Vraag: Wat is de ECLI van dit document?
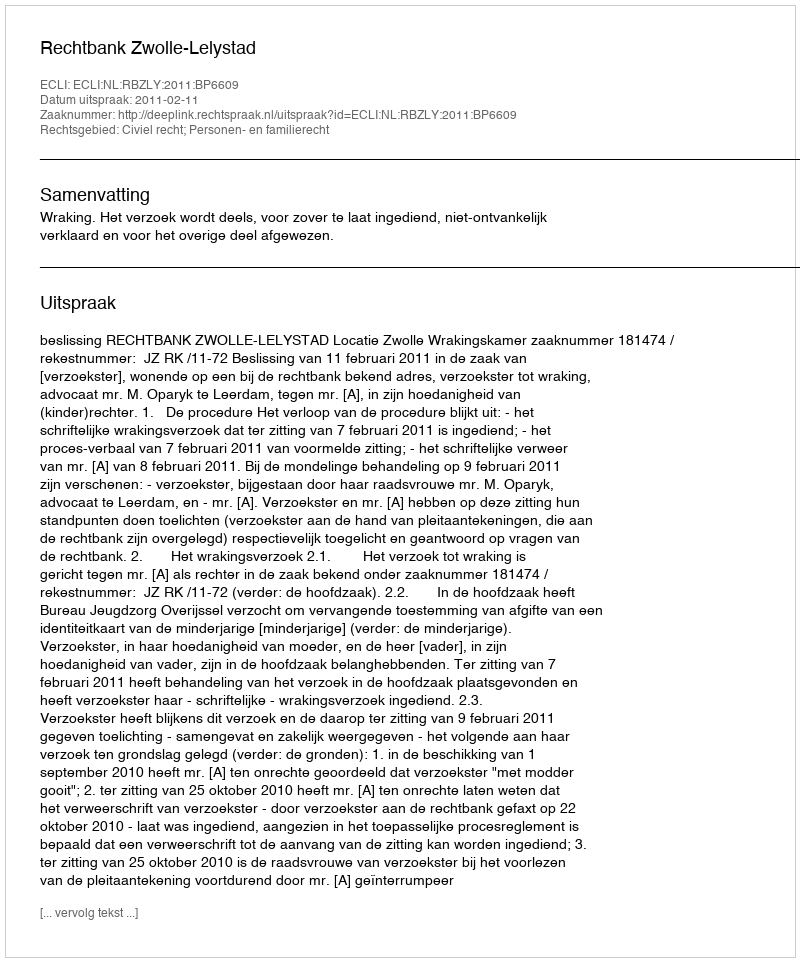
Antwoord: ECLI:NL:RBZLY:2011:BP6609